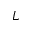
L